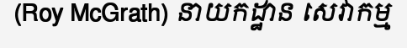
(Roy McGrath) នាយកដ្ឋាន សេវាកម្ម